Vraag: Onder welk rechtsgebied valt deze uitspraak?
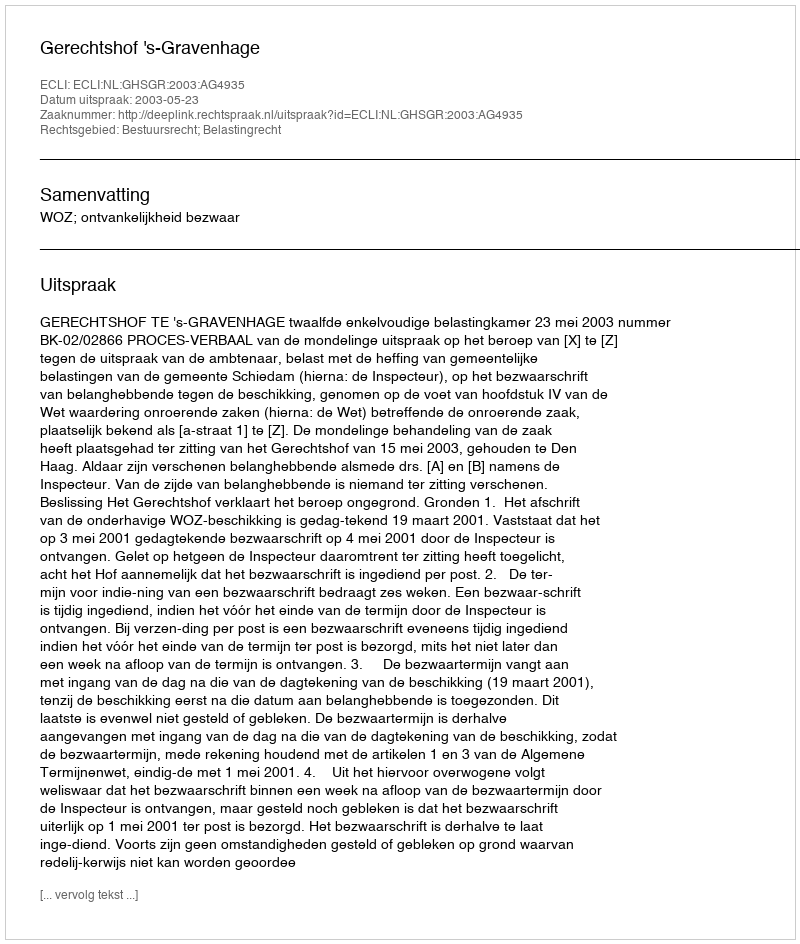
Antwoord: Bestuursrecht; Belastingrecht